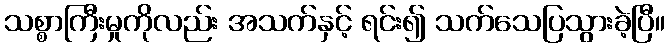
သစ္စာကြီးမှုကိုလည်း အသက်နှင့် ရင်း၍ သက်သေပြသွားခဲ့ပြီ။